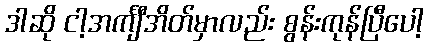
ဒါဆို ငါ့အင်္ကျီအိတ်မှာလည်း စွန်းကုန်ပြီပေါ့